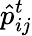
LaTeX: \hat{p}_{ij}^{t}